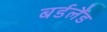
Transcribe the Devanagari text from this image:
बर्डलैंड